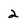
Character: 2